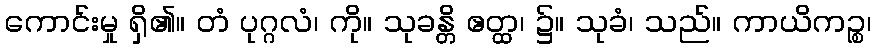
ကောင်းမှု ရှိ၏။ တံ ပုဂ္ဂလံ၊ ကို။ သုခန္တိ ဧတ္ထ၊ ၌။ သုခံ၊ သည်။ ကာယိကဉ္စ၊